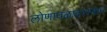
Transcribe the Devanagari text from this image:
लोणावळादरम्यान